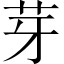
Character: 芽